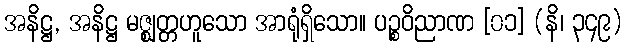
အနိဋ္ဌ, အနိဋ္ဌ မဇ္ဈတ္တဟူသော အာရုံရှိသော။ ပဉ္စဝိညာဏ [၀၁] (နိ၊ ၃၄၉)